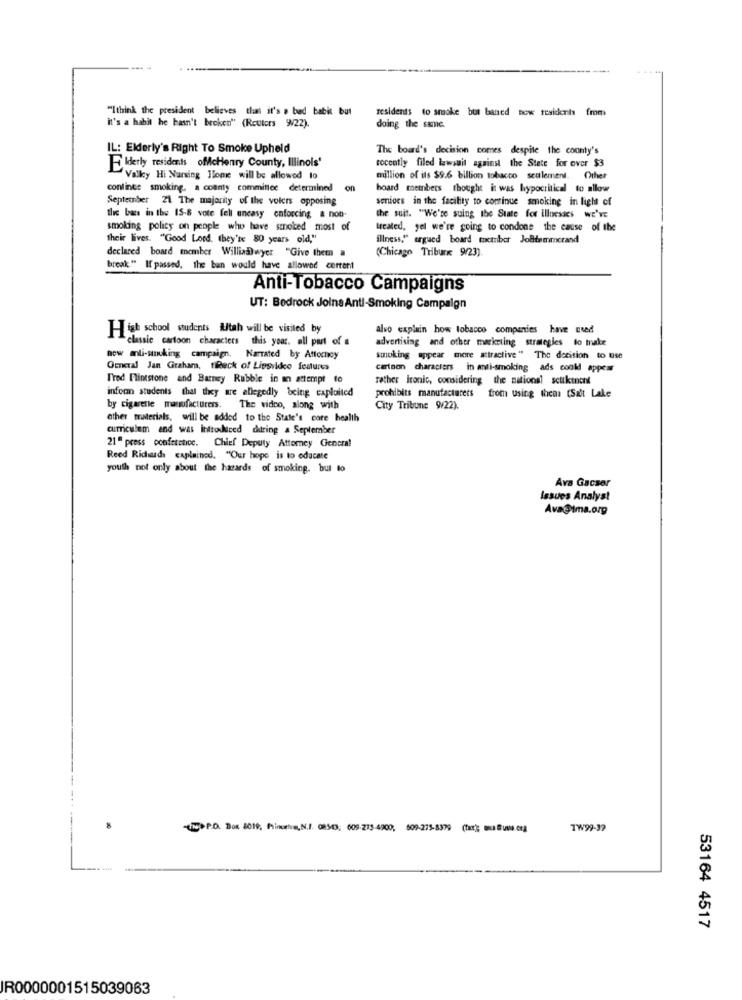
"Ithink the president believes that it's a bad babis but
residents to smoke but baned now residents from
it's a habit he hasn't breken" (Reuters 9/22).
doing the same.
IL: Elderly's Right To Smoke Upheld
The board's decision comes despite the county's
recently filed lawsuit against the State for over $3
Elderly residents ofcHenry County, Illinois'
Valky Hi Nursing Home will be allowed to
million of its $9.6 billion tobacco seulement. Other
continue smoking. a coanty committee determined
board members thought it was hypocritical to allow
September 21 The majority of the volers opposing
seniors in the facility to continue smoking in light of
this bass in the 15-8 vote fell uneasy enforcing a non-
the suit. "We're suing the State for illnesses we've
smoking policy on people who have smoked most of
treated, yel we're going to condone the cause of the
their lives. "Good Lord, they'te 80 years old,"
illness," argued board thetnber Jollfemmerand
declared board member William)wyer "Give them a
(Chicago Tribune 9/23).
break " If passed, the ban would have allowed current
Anti-Tobacco Campaigns
UT: Bedrock Joins Anti-Smoking Campaign
High school students Utah will be visited by
alvo explain how tobacco companies have used
classic cartoon characters this your. all part of a
advertising and other marketing strategies to make
new anti-sanuking campaign. Narrated by Attorney
smoking appear more attractive" The decision to use
General Jan Graham, tReck of Lipsvideo features
cartoon characters in anti-smoking ads coold appear
Fred Flintstone and Barney Rubble in an attempt to
father ironic, considering the national scuktnent
infor students that they are allegedly being exploited
prohibits manufacturers from using them: [Salt Lake
by cigarette manufacturers. The video, along with
City Tribune 9/22).
other traterials, will be added to the State's core health
curriculum and was introduced during a September
21ª press confetchice. Chief Deputy Attorney General
Reed Ridwads explained. "Our hope is to educate
youth not only about the hazards of smoking. but to
Ava Gacser
Issues Analyst
Ava@ima.org
he> P.O. Box 8019, Minutes, N.I. 08543, 609-273-4900, 609-275-8379 (tic); mus @ulla.cra
TW99-39
53164 4517
IR0000001515039063